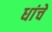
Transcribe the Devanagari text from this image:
धांचे